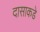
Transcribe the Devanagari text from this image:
दासाकडे